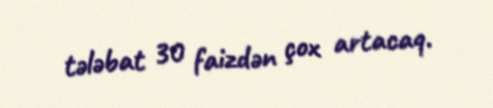
tələbat 30 faizdən çox artacaq.